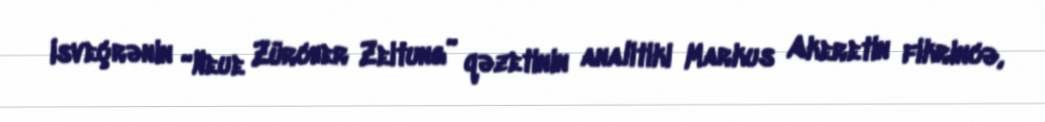
Isveçrənin “Neue Zürcher Zeitung” qəzetinin analitiki Markus Akeretin fikrincə,